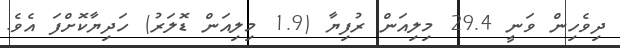
ދިވެހިން ވަނީ 29.4 މިލިއަން ރުފިޔާ (1.9 މިލިއަން ޑޮލަރު) ހަދިޔާކޮށްފަ އެވެ.